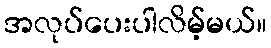
အလုပ်ပေးပါလိမ့်မယ်။